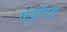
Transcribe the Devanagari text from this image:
एंड्राॅएड